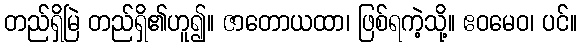
တည်ရှိမြဲ တည်ရှိ၏ဟူ၍။ ဇာတောယထာ၊ ဖြစ်ရကဲ့သို့။ ဧဝမေဝ၊ ပင်။